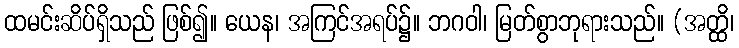
ထမင်းဆိပ်ရှိသည် ဖြစ်၍။ ယေန၊ အကြင်အရပ်၌။ ဘဂဝါ၊ မြတ်စွာဘုရားသည်။ (အတ္ထိ၊